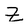
Character: Z